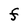
Character: F